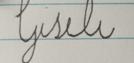
Signature authenticity: forged